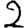
Digit: 2